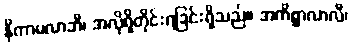
နိကာမလာဘီ၊ အလိုရှိတိုင်းရခြင်းရှိသည်။ အကိစ္ဆာလာလီ၊